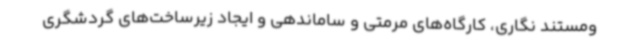
ومستند نگاری، کارگاه‌های مرمتی و ساماندهی و ایجاد زیرساخت‌های گردشگری